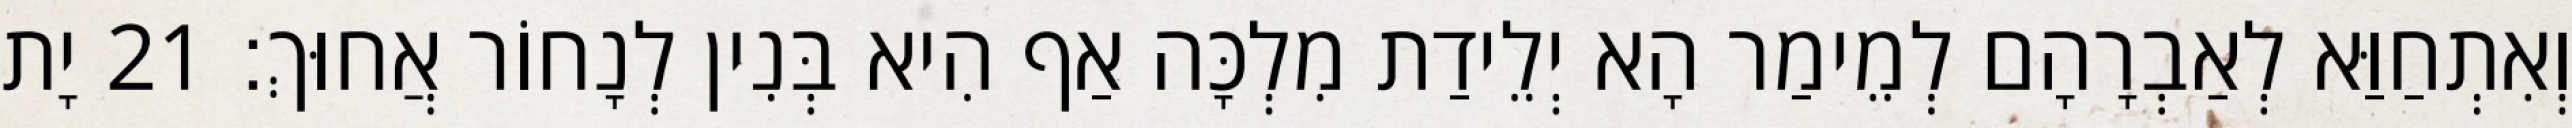
וְאִתְחַוַּא לְאַבְרָהָם לְמֵימַר הָא יְלֵידַת מִלְכָּה אַף הִיא בְּנִין לְנָחוֹר אֲחוּךְ׃ 21 יָת